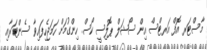
މާސްޓަރ އޮފް އަރޓްސް އިން ސޯޝަލް ޕޮލިސީ ކޯސް ހިންގުމަށް ހަމަޖެހިފައިވާ ސެންޓަރާއި